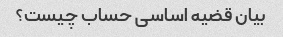
بیان قضیه اساسی حساب چیست؟